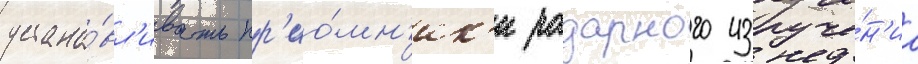
устана́вл'ивать пр'ио́мн'ик'и радарного излуче́н'иа